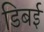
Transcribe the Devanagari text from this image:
डिबई